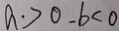
a > 0 - b < 0